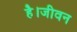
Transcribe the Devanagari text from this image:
है।जीवन